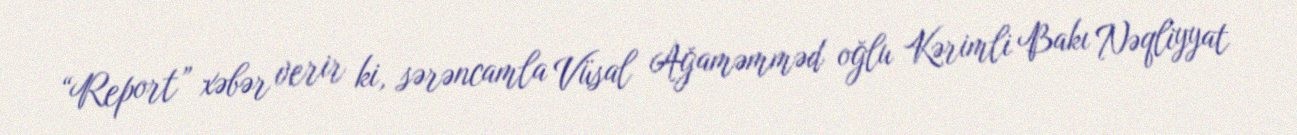
“Report” xəbər verir ki, sərəncamla Vüsal Ağaməmməd oğlu Kərimli Bakı Nəqliyyat